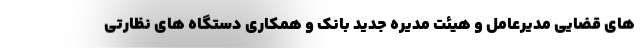
های قضایی مدیرعامل و هیئت مدیره جدید بانک و همکاری دستگاه های نظارتی